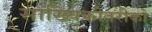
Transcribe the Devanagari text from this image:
सांख्यिकीतरीको